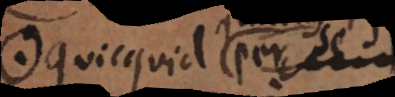
quicquid per